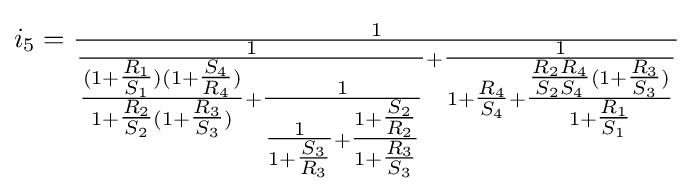
i_{5}={\tfrac {1}{{\tfrac {1}{{\tfrac {(1+{\tfrac {R_{1}}{S_{1}}})(1+{\tfrac {S_{4}}{R_{4}}})}{1+{\tfrac {R_{2}}{S_{2}}}(1+{\tfrac {R_{3}}{S_{3}}})}}+{\tfrac {1}{{\tfrac {1}{1+{\tfrac {S_{3}}{R_{3}}}}}+{\tfrac {1+{\tfrac {S_{2}}{R_{2}}}}{1+{\tfrac {R_{3}}{S_{3}}}}}}}}}+{\tfrac {1}{1+{\tfrac {R_{4}}{S_{4}}}+{\tfrac {{\tfrac {R_{2}R_{4}}{S_{2}S_{4}}}(1+{\tfrac {R_{3}}{S_{3}}})}{1+{\tfrac {R_{1}}{S_{1}}}}}}}}}